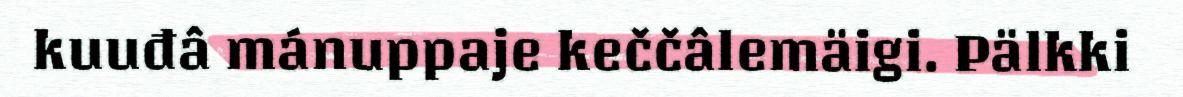
kuuđâ mánuppaje keččâlemäigi. Pälkki